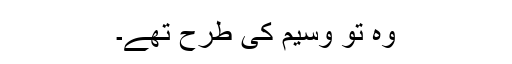
وہ تو وسیم کی طرح تھے۔